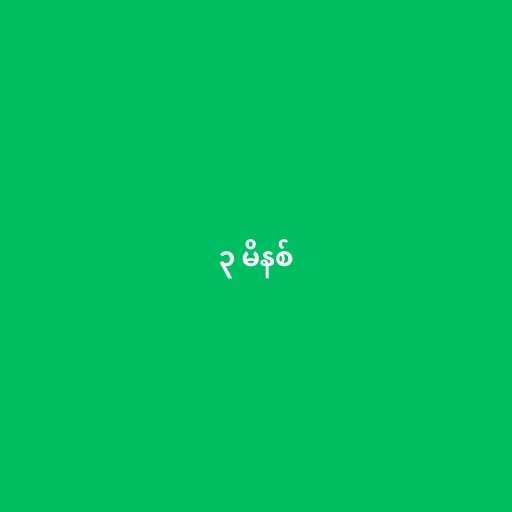
၃ မိနစ်